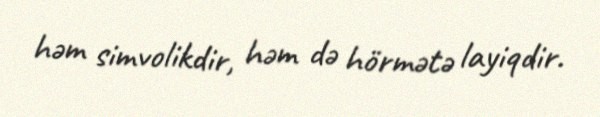
həm simvolikdir, həm də hörmətə layiqdir.